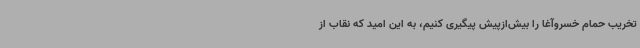
تخریب حمام خسروآغا را بیش‌ازپیش پیگیری کنیم، به این امید که نقاب از